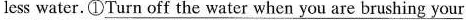
less water. ① \underline{Turn off the water when you are brushing your}